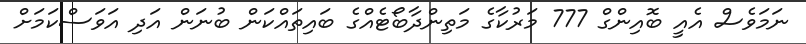
ނަމަވެސް އެއީ ބޮއިންގް 777 މަރުކާގެ މަތިންދާބޯޓެއްގެ ބައިތައްކަން ބުނަން އަދި އަވަސްކަމަށް